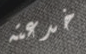
خدعته